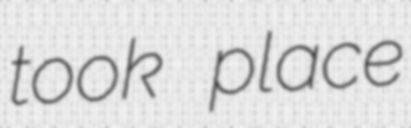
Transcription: took place